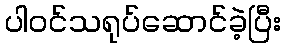
ပါဝင်သရုပ်ဆောင်ခဲ့ပြီး